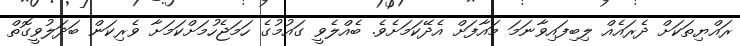
ރައްޔިތަކަށް ދެރައެއް ލިބިފައިވާނަމަ މައާފަށް އެދޭކަމަށެވެ. ބެއްލެވީ ގައުމުގެ ހަމަޖެހުމަށްކަމަށާ ވެރިކަން ބަދަލުވީގޮތް